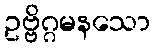
ဥဗ္ဗိဂ္ဂမနသော